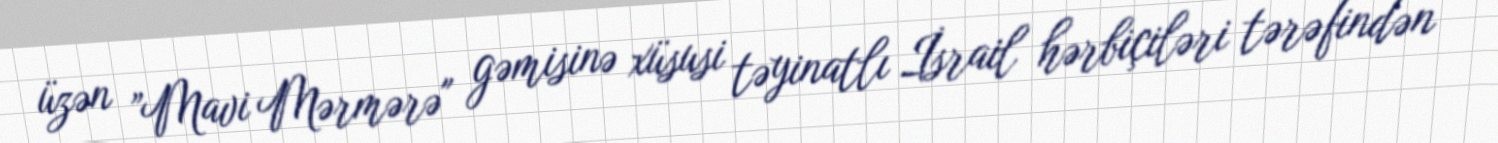
üzən ”Mavi Mərmərə" gəmisinə xüsusi təyinatlı İsrail hərbiçiləri tərəfindən